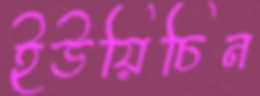
ইউয়িচিন